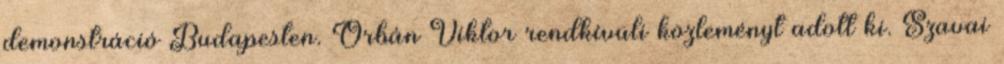
demonstráció Budapesten. Orbán Viktor rendkívüli közleményt adott ki. Szavai